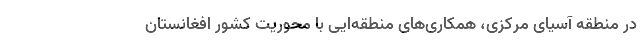
در منطقه آسیای مرکزی، همکاری‌های منطقه‌ایی با محوریت کشور افغانستان